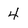
Character: 4